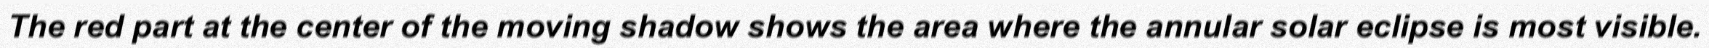
The red part at the center of the moving shadow shows the area where the annular solar eclipse is most visible.